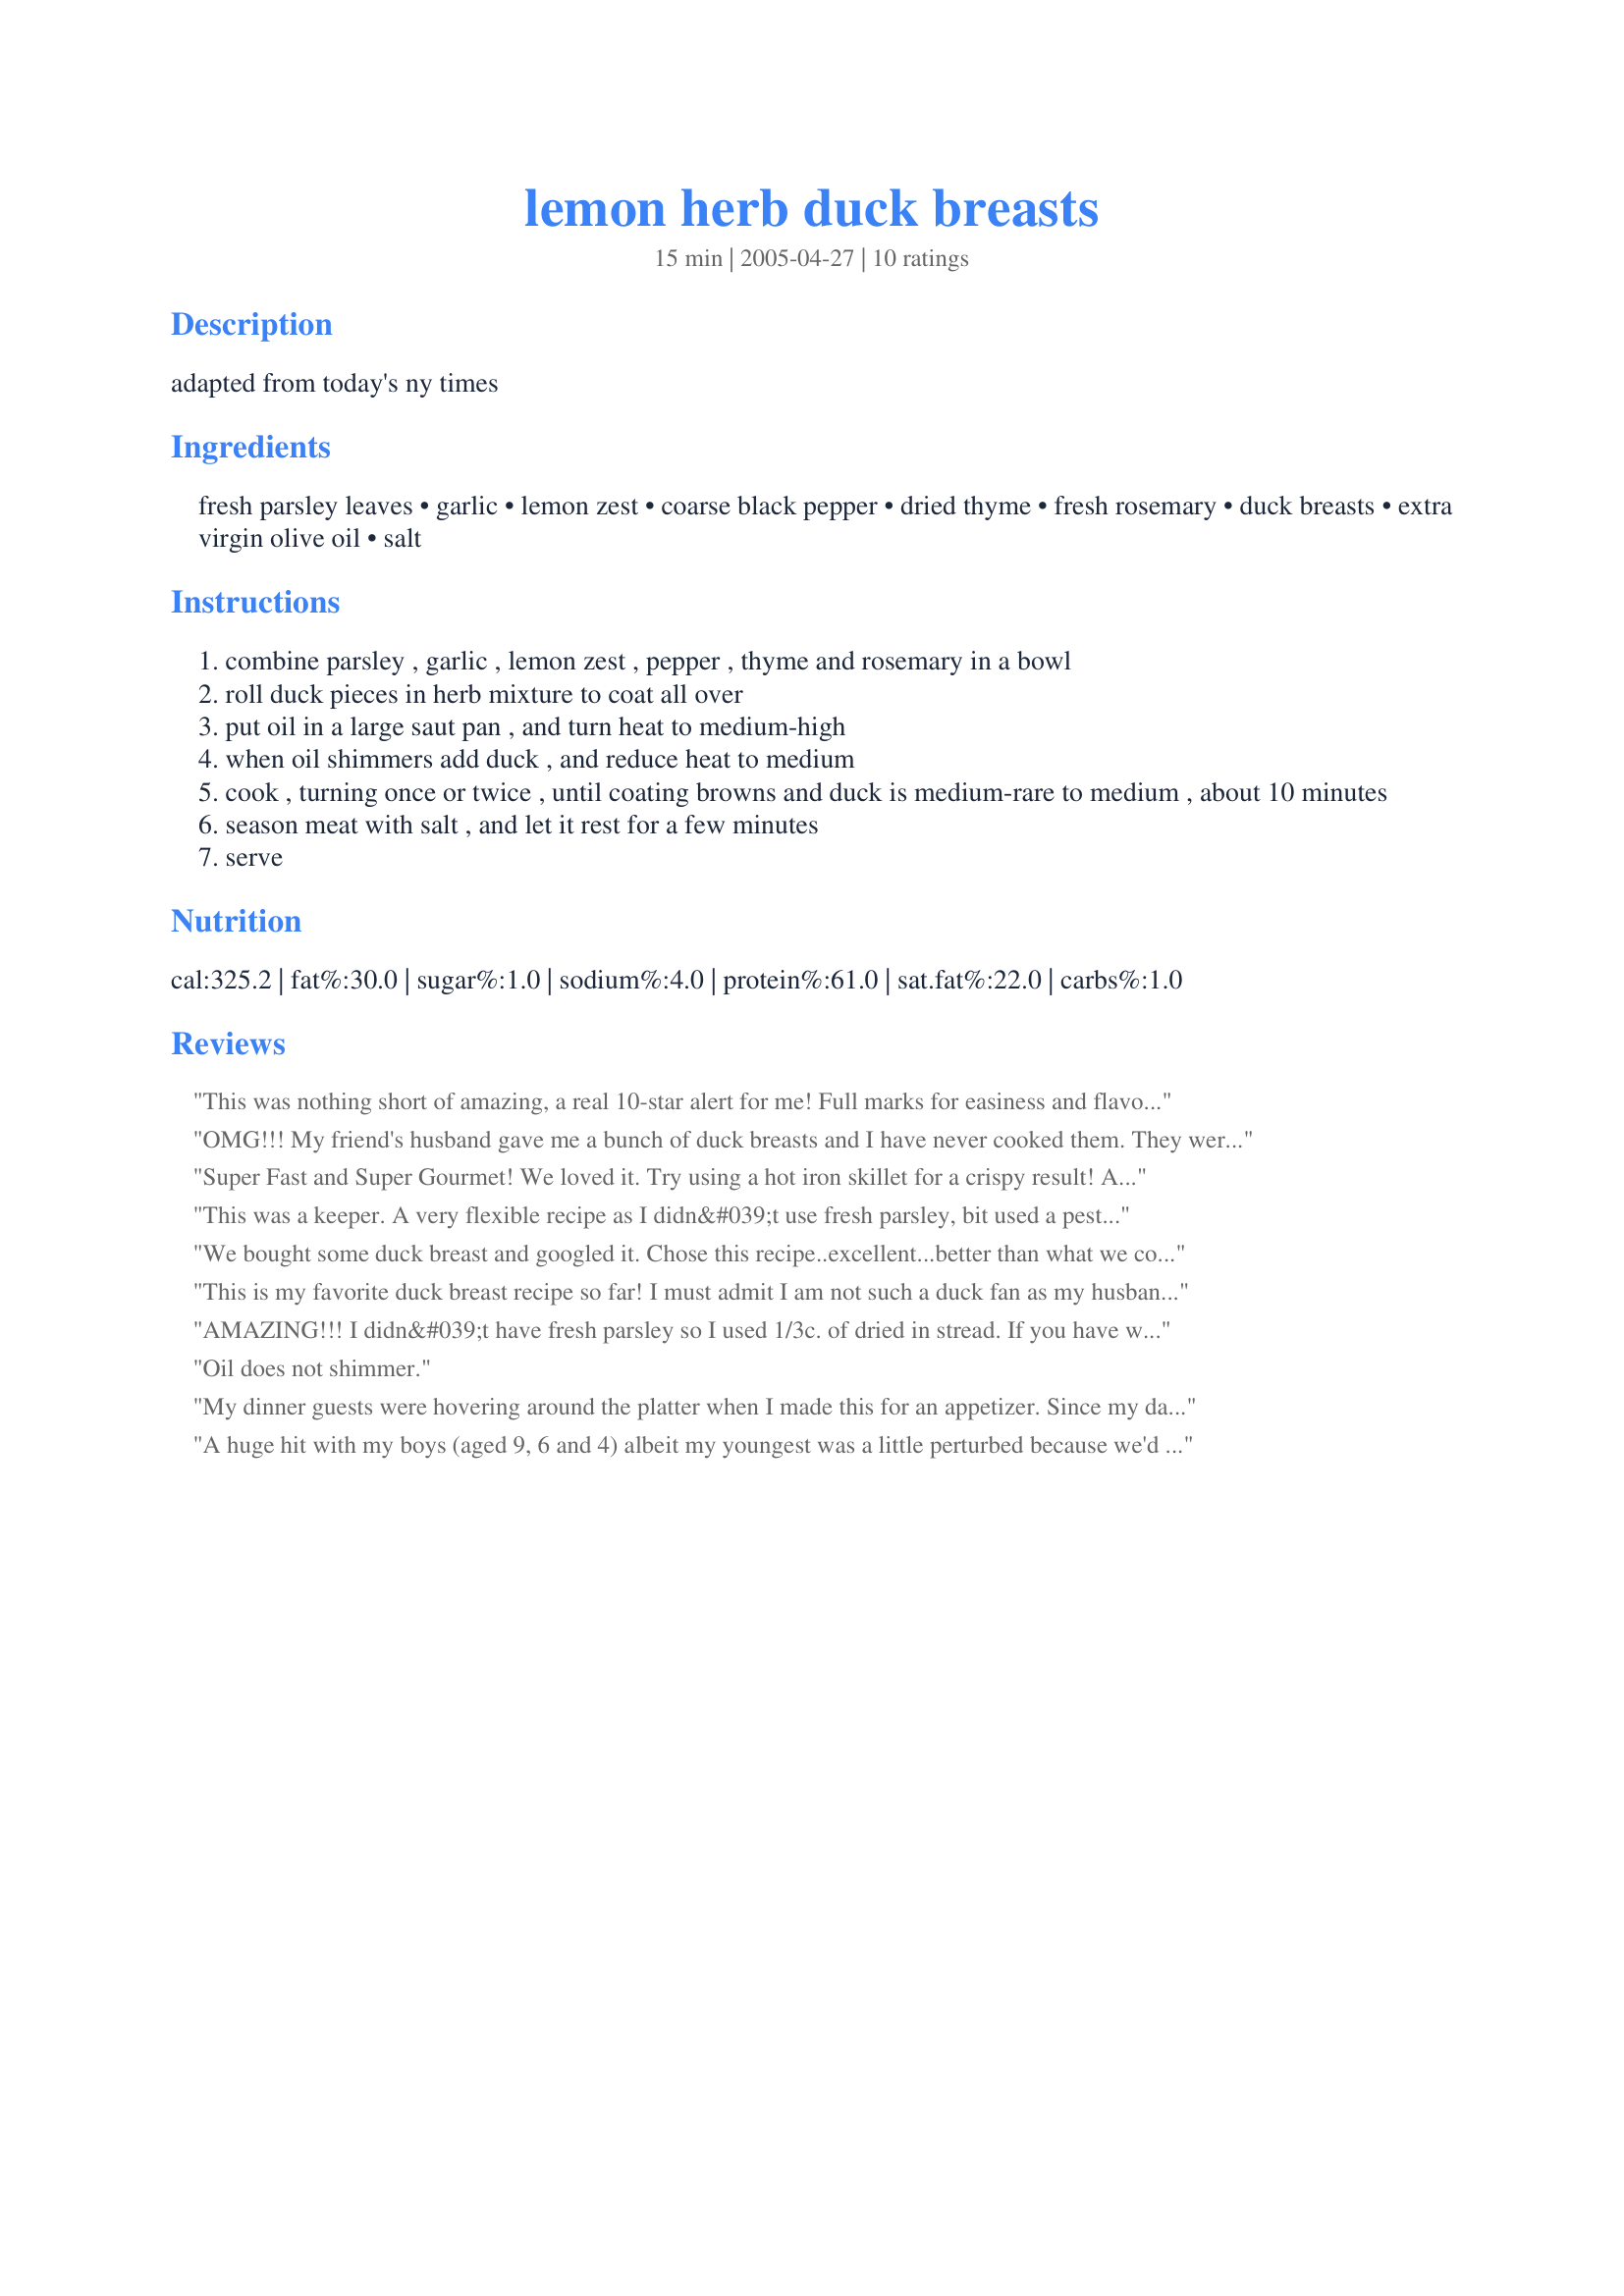
lemon herb duck breasts
Preparation time: 15 minutes

adapted from today's ny times

Ingredients:
fresh parsley leaves, garlic, lemon zest, coarse black pepper, dried thyme, fresh rosemary, duck breasts, extra virgin olive oil, salt

Steps:
combine parsley , garlic , lemon zest , pepper , thyme and rosemary in a bowl
roll duck pieces in herb mixture to coat all over
put oil in a large saut pan , and turn heat to medium-high
when oil shimmers add duck , and reduce heat to medium
cook , turning once or twice , until coating browns and duck is medium-rare to medium , about 10 minutes
season meat with salt , and let it rest for a few minutes
serve

Reviews:
This was nothing short of amazing, a real 10-star alert for me! Full marks for easiness and flavour. I thought the parsley might burn and give the duck a bitter taste but instead it was almost like I'd barbequed the duck: a crunchy, grilled outside, and very tender inside. Make sure to let your meat rest about 5-10 minutes before slicing it.
OMG!!! My friend's husband gave me a bunch of duck breasts and I have never cooked them. They were boned and skinned which threw me because duck usually has skin on it!!Found this recipe and tried it. FABULOUS!! My husband was scared to try it and ended up loving it! I did 3-4 minutes a side with no bone. I will def. use this again with the other 12 breasts I have in my freezer!! Thanks so much!!
Super Fast and Super Gourmet! We loved it. Try using a hot iron skillet for a crispy result! And always use fresh herbs.
This was a keeper. A very flexible recipe as I didn&#039;t use fresh parsley, bit used a pesto of wild garlic, fresh rosemary, zest of one lemon, and dried thyme. Made a paste of all this with olive oil and salt and pepper, spread over the duck breasts and fried 5 minutes on each side. It was perfect and my family said I could make it again, true words of praise!
We bought some duck breast and googled it. Chose this recipe..excellent...better than what we could have gotten in a restaurant!!!! Cooked them with the seasoning and some onions and mushrooms did add a touch of Emeril's seasoning...served with cauliflower, mashed potato, carrots and salad with balsamic vinegar...delicious!!!!
This is my favorite duck breast recipe so far! I must admit I am not such a duck fan as my husband and that could be why. The herbs and lemon coating cuts down on the duck flavour/taste, so it may not be for everyone. It was the first time I had to remove the skin on duck breasts and that was more difficult then I thought. The first bit is easy then you have to ease it off with a sharp knife.
Thanks Chia!
AMAZING!!! I didn&#039;t have fresh parsley so I used 1/3c. of dried in stread. If you have wild duck you should soak it in salt water for at least two to three days prior to making your meal. I also took all the ingredients with some oil and put in a ziplock bag and marinated the duck breasts in it overnight. Then I grilled it and we enjoyed it with some grilled asparagus and some garlic romano provolone mashed potatoes and it was one of our favorite meals! We will definitely be eating this again.
Oil does not shimmer.
My dinner guests were hovering around the platter when I made this for an appetizer. Since my dad is an avid hunter I have eaten a lot of duck and this recipe is fantastic. I can't stop thinking about it.

PS I used bacon fat for cooking.
A huge hit with my boys (aged 9, 6 and 4) albeit my youngest was a little perturbed because we'd been to feed the ducks at the pond today!I am vegetarian but the dish was easy to prepare and the coating smelt divine. As they are young I finished the dish off for a further 10 mins in the oven so it was well done, served it with cous cous, white asparagus and green beans. A definite repeat, thanks for posting x
